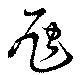
虺